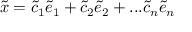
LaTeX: \tilde { x } = \tilde { c } _ { 1 } \tilde { e } _ { 1 } + \tilde { c } _ { 2 } \tilde { e } _ { 2 } + . . . \tilde { c } _ { n } \tilde { e } _ { n }